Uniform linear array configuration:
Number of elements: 16
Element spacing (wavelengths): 0.5
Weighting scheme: hann
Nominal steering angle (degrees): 15
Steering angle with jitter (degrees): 14.972
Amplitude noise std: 0.05
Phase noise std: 0.05

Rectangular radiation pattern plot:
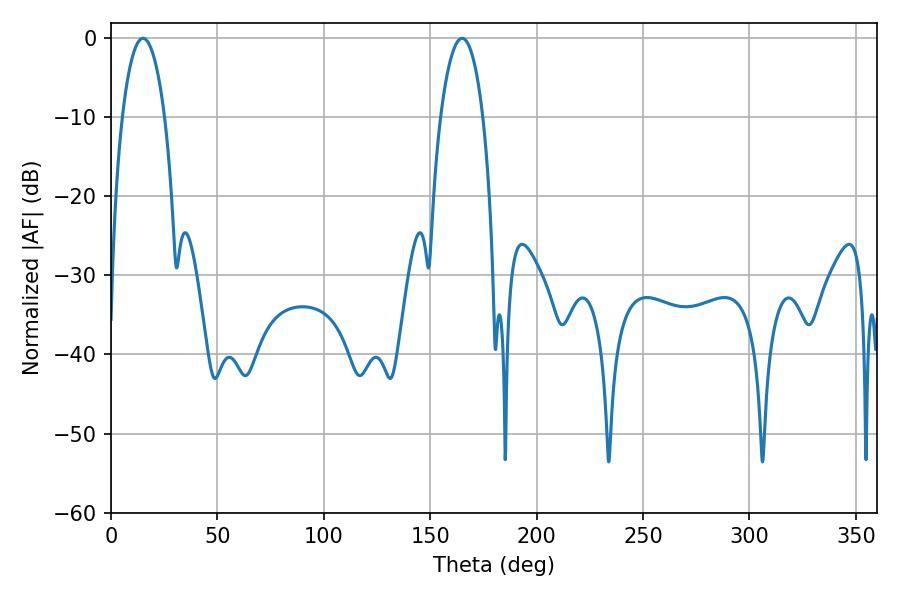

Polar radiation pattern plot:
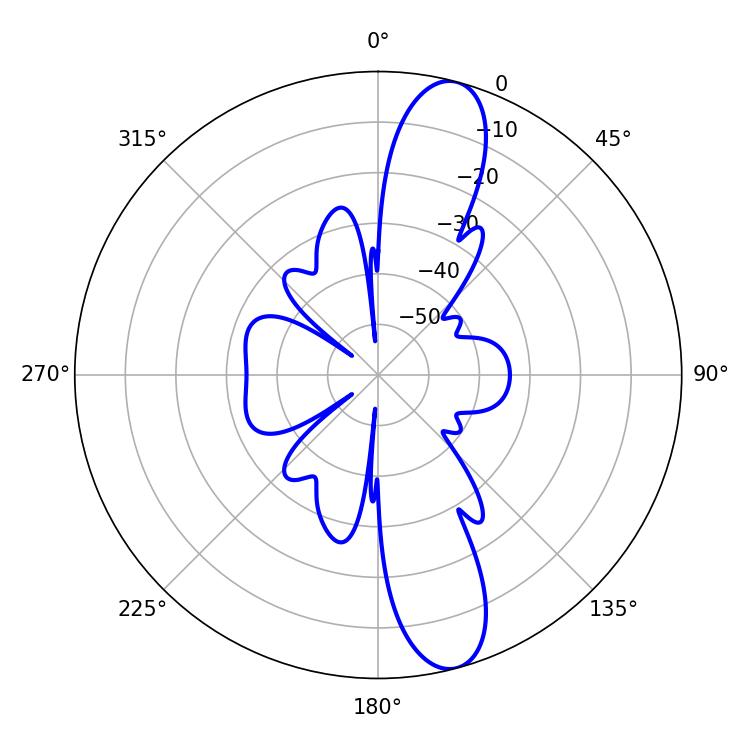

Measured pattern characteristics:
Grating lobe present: FALSE
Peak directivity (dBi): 12.701
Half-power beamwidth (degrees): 11.16
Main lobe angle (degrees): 14.94